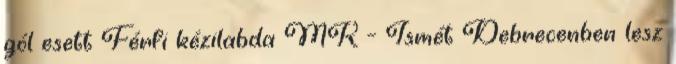
gól esett Férfi kézilabda MK – Ismét Debrecenben lesz